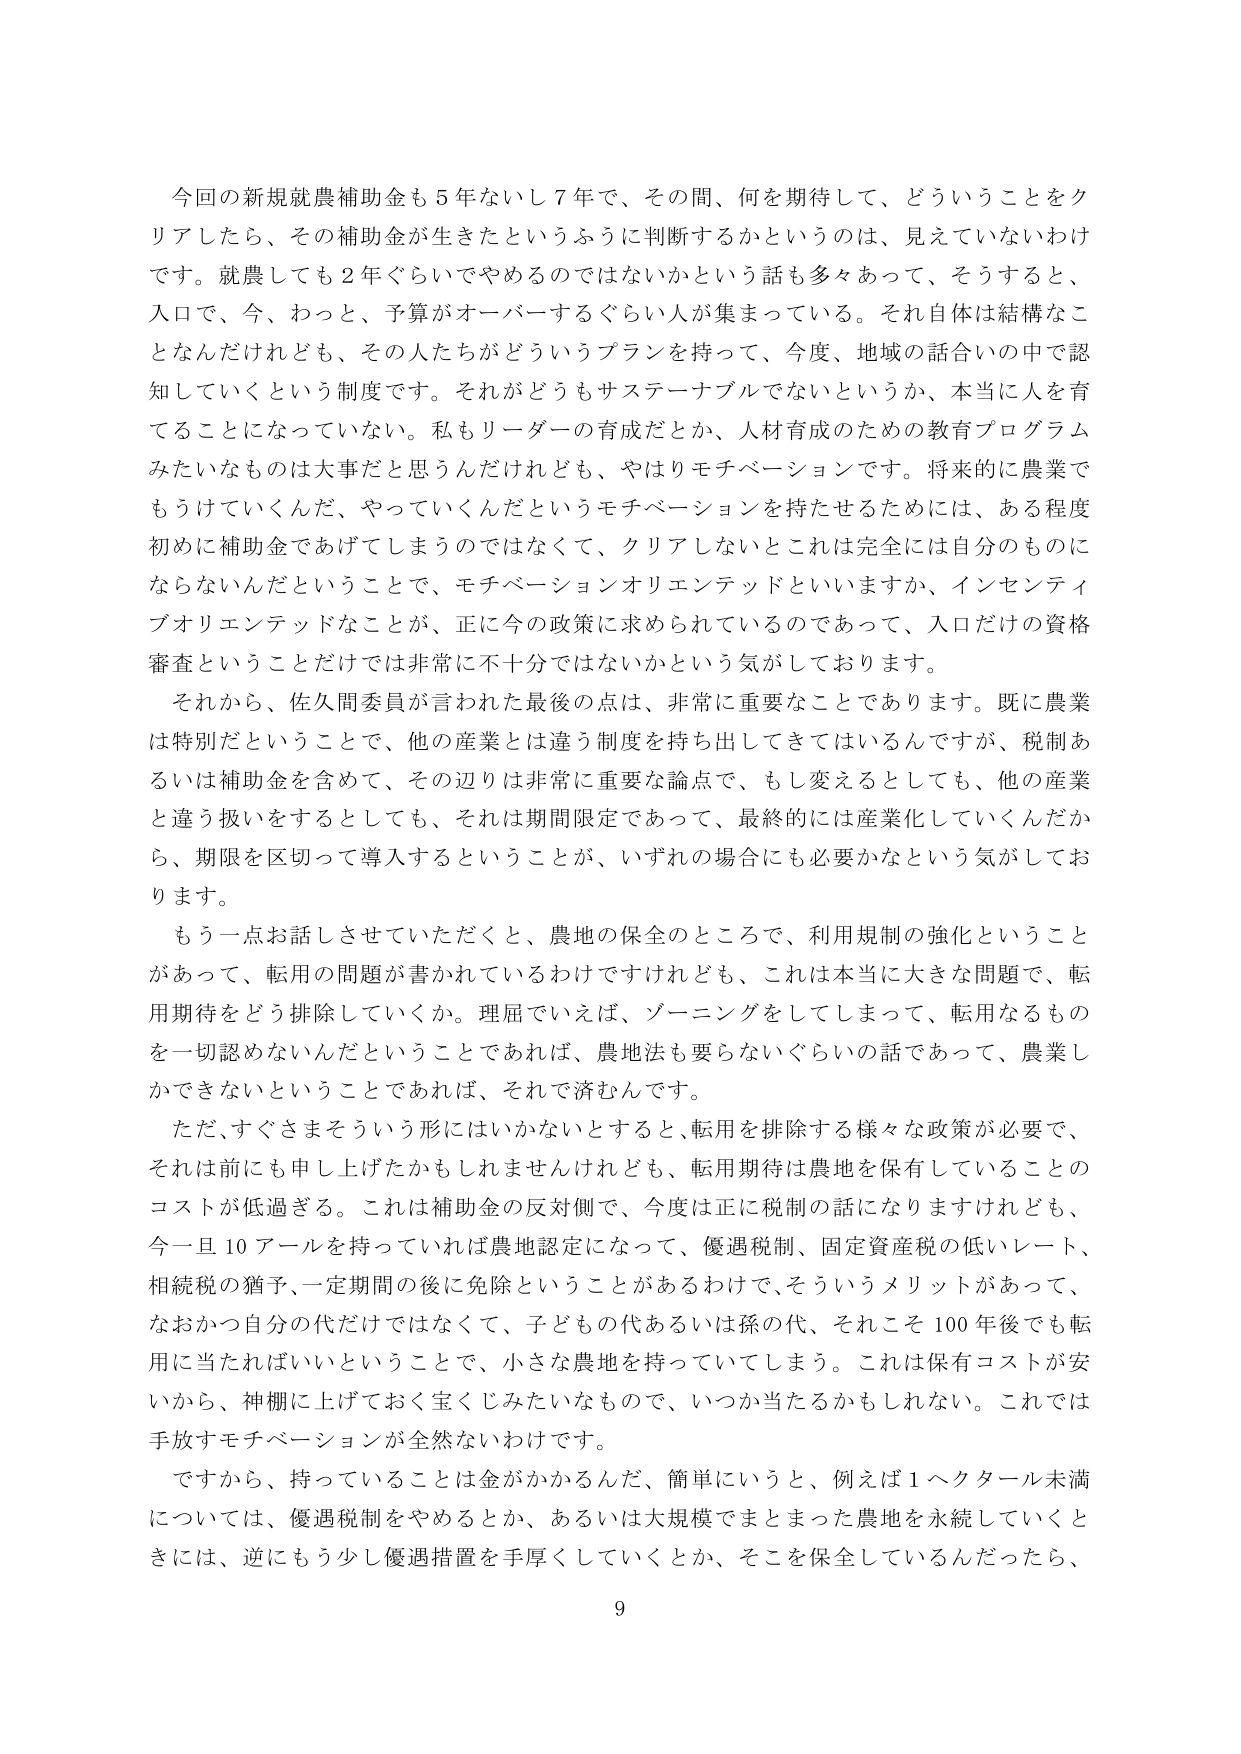
今回の新規就農補助金も５年ないし７年で、その間、何を期待して、どういうことをクリアしたら、その補助金が生きたというふうに判断するかというのは、見えていないわけです。就農しても２年ぐらいでやめるのではないかという話も多々あって、そうすると、入口で、今、わっと、予算がオーバーするぐらい人が集まっている。それ自体は結構なことなんだけれども、その人たちがどういうプランを持って、今度、地域の話合いの中で認知していくという制度です。それがどうもサステナブルでないというか、本当に人を育てることになっていない。私もリーダーの育成だとか、人材育成のための教育プログラムみたいなものは大事だと思うんだけれども、やはりモチベーションです。将来的に農業でもうけていくんだ、やっていくんだというモチベーションを持たせるためには、ある程度初めに補助金であげてしまうのではなくて、クリアしないとこれは完全には自分のものにならないんだということで、モチベーションオリエンテッドといいますか、インセンティブオリエンテッドなことが、正に今の政策に求められているのであって、入口だけの資格審査ということだけでは非常に不十分ではないかという気がしております。

それから、佐久間委員が言われた最後の点は、非常に重要なことであります。既に農業は特別だということで、他の産業とは違う制度を持ち出してきてはいるんですが、税制あるいは補助金を含めて、その辺りは非常に重要な論点で、もし変えるとしても、他の産業と違う扱いをするとしても、それは期間限定であって、最終的には産業化していくんだから、期限を区切って導入するということが、いずれの場合にも必要かなという気がしております。

もう一点お話しさせていただくと、農地の保全のところで、利用規制の強化ということがあって、転用の問題が書かれているわけですけれども、これは本当に大きな問題で、転用期待をどう排除していくか。理屈でいえば、ゾーニングをしてしまって、転用なるものを一切認めないんだということであれば、農地法も要らないぐらいの話であって、農業しかできないということであれば、それで済むんです。

ただ、すぐさまそういう形にはいかないとすると、転用を排除する様々な政策が必要で、それは前にも申し上げたかもしれませんが、転用期待は農地を保有していることのコストが低過ぎる。これは補助金の反対側で、今度は正に税制の話になりますけれども、今一旦10アールを持っていれば農地認定になって、優遇税制、固定資産税の低いレート、相続税の猶予、一定期間の後に免除ということがあるわけで、そういうメリットがあって、なおかつ自分の代だけではなくて、子どもの代あるいは孫の代、それこそ100年後でも転用に当たればいいということで、小さな農地を持ってしてしまう。これは保有コストが安いから、神棚に上げておく宝くじみたいなもので、いつか当たるかもしれない。これでは手放すモチベーションが全然ないわけです。

ですから、持っていることは金がかかるんだ、簡単にいうと、例えば1ヘクタール未満については、優遇税制をやめるとか、あるいは大規模でまとまった農地を永続していくときには、逆にもう少し優遇措置を手厚くしていくとか、そこを保全しているんだったら、
9